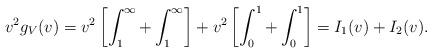
LaTeX: \begin{align*}v^2g_V(v) =v^2\left[ \int_1^\infty +\int_1^\infty\right]+ v^2\left[ \int_0^1 +\int_0^1\right] =I_1(v)+I_2(v).\end{align*}